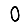
Digit: 0